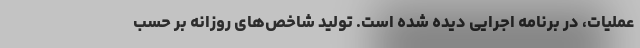
عملیات، در برنامه اجرایی دیده شده است. تولید شاخص‌های روزانه بر حسب